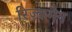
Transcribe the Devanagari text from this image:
रिज़्कमैन